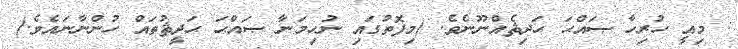
: މިއީ ހުރިހާ ޞައްޙަ ޙަދިޘެއްނޫނެވެ. (މިފޮތުގައި ނުހިމަނާ ޞައްޙަ ޙަދީޘުތައް ހުންނާނައެވެ.)